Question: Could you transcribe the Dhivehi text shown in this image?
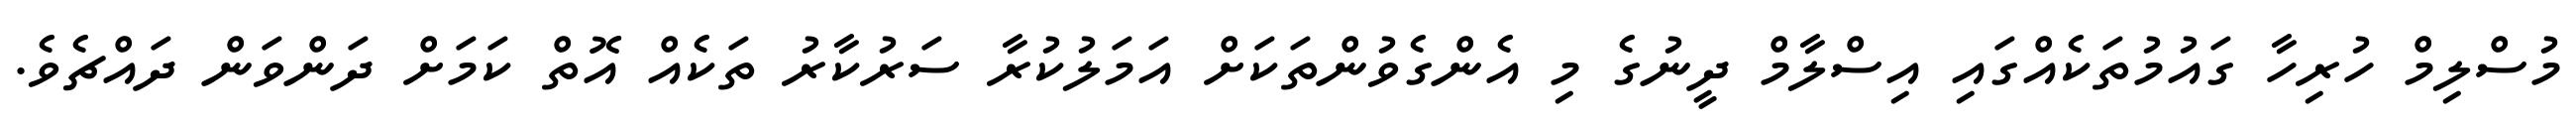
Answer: މުސްލިމް ހުރިހާ ގައުމުތަކެއްގައި އިސްލާމް ދީނުގެ މި އެންގެވުންތަކަށް އަމަލުކުރާ ސަރުކާރު ތަކެއް އޮތް ކަމަށް ދަންވަން ދައްޗެވެ.